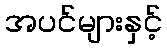
အပင်များနှင့်